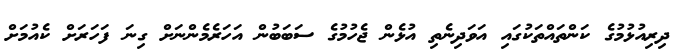
ދިރިއުޅުމުގެ ކަންތަައްތަކުގައި އަވަދިނެތި އުޅެން ޖެހުމުގެ ސަބަބުން އަހަރެމެންނަށް ގިނަ ފަހަރަށް ކެއުމަށް